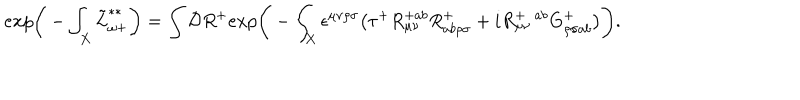
LaTeX: e x p \bigg ( - \int _ { X } \tilde { L } _ { \omega + } ^ { * * } \bigg ) = \int { \cal D } R ^ { + } e x p \Bigg ( - \int _ { X } \epsilon ^ { \mu \nu \rho \sigma } \big ( \tau ^ { + } R _ { \mu \nu } ^ { + a b } R _ { a b \rho \sigma } ^ { + } + i R _ { \mu \nu } ^ { + \ \ a b } G _ { \rho \sigma a b } ^ { + } \big ) \Bigg ) .